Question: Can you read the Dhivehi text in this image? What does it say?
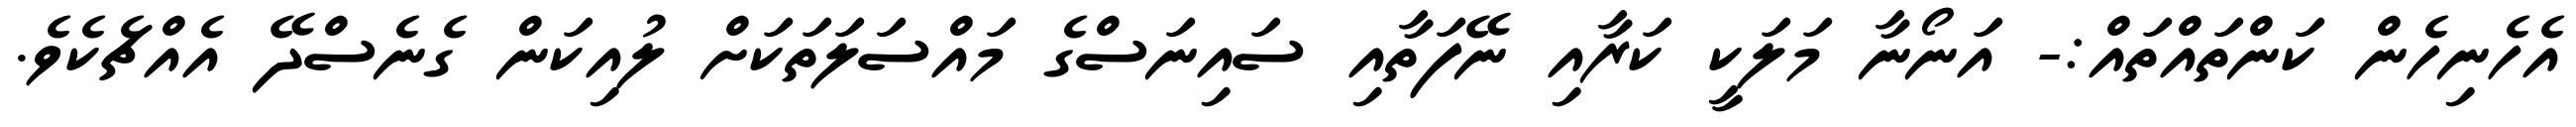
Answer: އެހެނިހެން ކަންތައްތައް:- އަނޯނާ މަލަކީ ކަރާއި ނޭފަތާއި ސައިނަސްގެ މައްސަލަތަކަށް ލުއިކަން ގެނެސްދޭ އެއްޗެކެވެ.